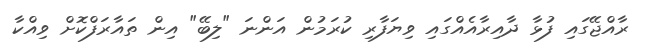
ރާއްޖޭގައި ފުޅާ ދާއިރާއެއްގައި ވިޔަފާރި ކުރަމުން އަންނަ "ލިބޭ" އިން ތައާރަފްކޮށް ވިއްކާ